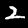
Digit: 2